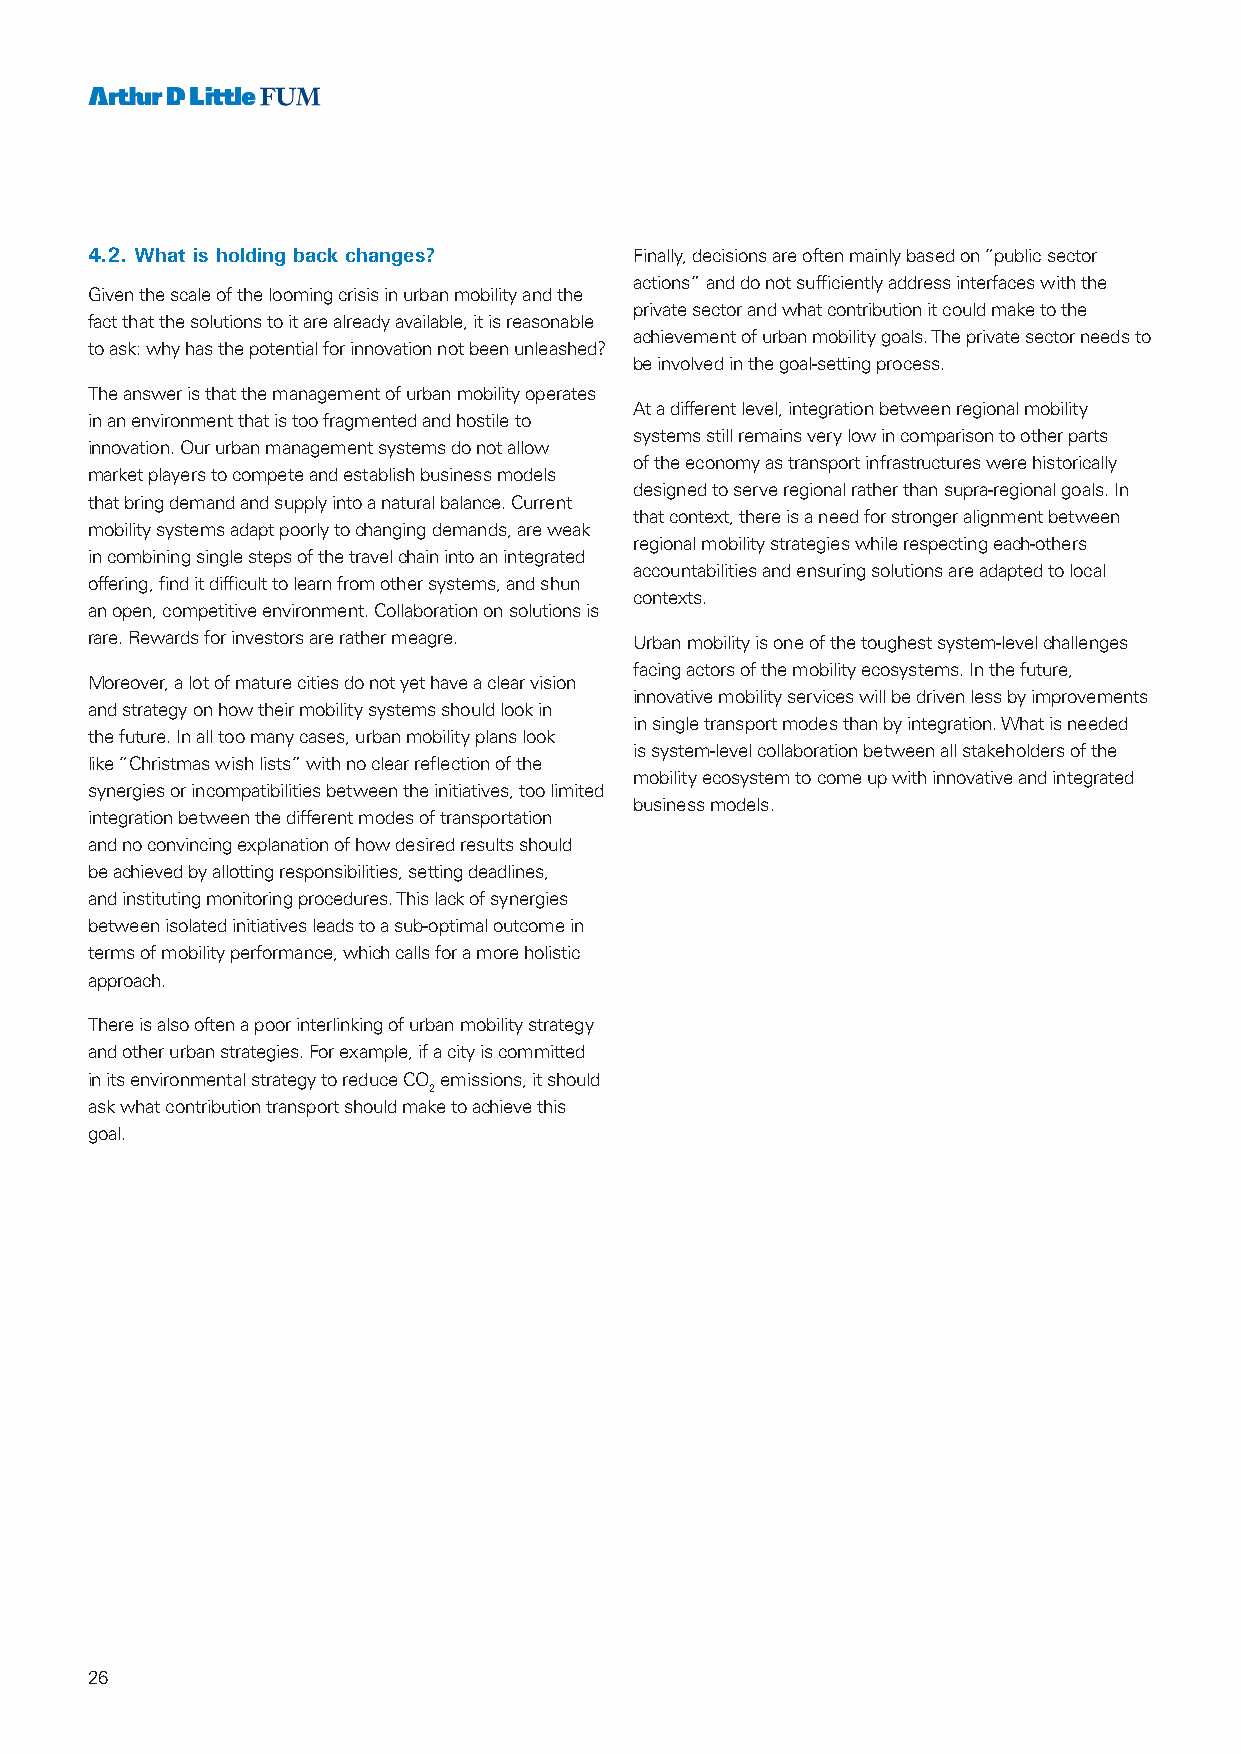
4.2. What is holding back changes?  Finally, decisions are often mainly based on “public sector
 actions” and do not sufficiently address interfaces with the
 Given the scale of the looming crisis in urban mobility and the
 private sector and what contribution it could make to the
 fact that the solutions to it are already available, it is reasonable
 achievement of urban mobility goals. The private sector needs to
 to ask: why has the potential for innovation not been unleashed?
 be involved in the goal-setting process.
 The answer is that the management of urban mobility operates
 At a different level, integration between regional mobility
 in an environment that is too fragmented and hostile to
 systems still remains very low in comparison to other parts
 innovation. Our urban management systems do not allow
 of the economy as transport infrastructures were historically
 market players to compete and establish business models
 designed to serve regional rather than supra-regional goals. In
 that bring demand and supply into a natural balance. Current
 that context, there is a need for stronger alignment between
 mobility systems adapt poorly to changing demands, are weak
 regional mobility strategies while respecting each-others
 in combining single steps of the travel chain into an integrated
 accountabilities and ensuring solutions are adapted to local
 offering, find it difficult to learn from other systems, and shun
 contexts.
 an open, competitive environment. Collaboration on solutions is
 rare. Rewards for investors are rather meagre. Urban mobility is one of the toughest system-level challenges
 facing actors of the mobility ecosystems. In the future,
 Moreover, a lot of mature cities do not yet have a clear vision
 innovative mobility services will be driven less by improvements
 and strategy on how their mobility systems should look in
 in single transport modes than by integration. What is needed
 the future. In all too many cases, urban mobility plans look
 is system-level collaboration between all stakeholders of the
 like “Christmas wish lists” with no clear reflection of the
 mobility ecosystem to come up with innovative and integrated
 synergies or incompatibilities between the initiatives, too limited
 business models.
 integration between the different modes of transportation
 and no convincing explanation of how desired results should
 be achieved by allotting responsibilities, setting deadlines,
 and instituting monitoring procedures. This lack of synergies
 between isolated initiatives leads to a sub-optimal outcome in
 terms of mobility performance, which calls for a more holistic
 approach.
 There is also often a poor interlinking of urban mobility strategy
 and other urban strategies. For example, if a city is committed
 in its environmental strategy to reduce CO emissions, it should
 2
 ask what contribution transport should make to achieve this
 goal.
 26